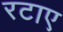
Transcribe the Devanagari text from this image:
रटाए